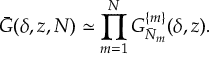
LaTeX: \bar { G } ( \delta , z , N ) \simeq \prod _ { m = 1 } ^ { N } G _ { \bar { N } _ { m } } ^ { \{ m \} } ( \delta , z ) .